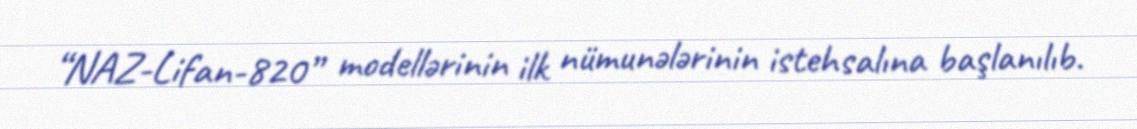
“NAZ-Lifan-820” modellərinin ilk nümunələrinin istehsalına başlanılıb.